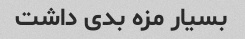
بسیار مزه بدی داشت